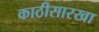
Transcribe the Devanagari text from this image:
काठीसारखा